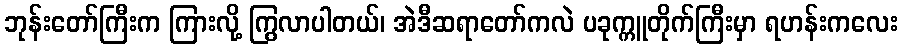
ဘုန်းတော်ကြီးက ကြားလို့ ကြွလာပါတယ်၊ အဲဒီဆရာတော်ကလဲ ပခုက္ကူတိုက်ကြီးမှာ ရဟန်းကလေး